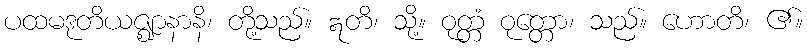
ပထမဒုတိယဇ္ဈာနာနိ၊ တို့သည်။ ဣတိ၊ သို့။ ဝုတ္တံ ဝုတ္တော၊ သည်။ ဟောတိ၊ ၏။